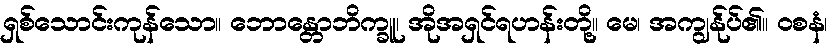
ရှစ်သောင်းကုန်သော။ ဘောန္တောဘိက္ခူ၊ အိုအရှင်ရဟန်းတို့။ မေ၊ အကျွန်ုပ်၏။ ဝစနံ၊